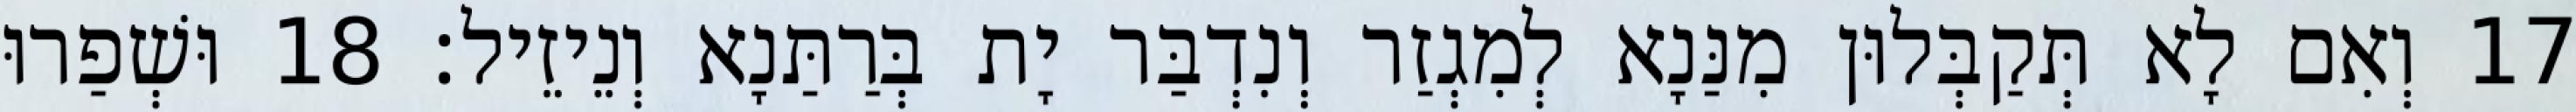
17 וְאִם לָא תְּקַבְּלוּן מִנַּנָא לְמִגְזַר וְנִדְבַּר יָת בְּרַתַּנָא וְנֵיזֵיל׃ 18 וּשְׁפַרוּ